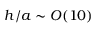
h / a \sim O ( 1 0 )